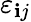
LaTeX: \varepsilon_{\mathbf{i}j}